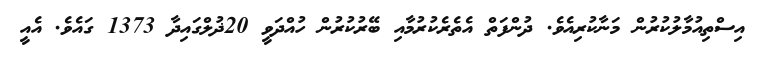
އިސްތިއުމާލުކުރުން މަނާކުރިއެވެ. ދުންފަތް އެތެރެކުރުމާއި ބޭރުކުރުން ހުއްދަވީ 20ޛުލްގައިދާ 1373 ގައެވެ. އެއީ